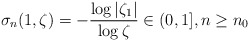
\begin{align*} \sigma_{n}(1,\zeta)=-\frac{\log \vert\zeta_{1}\vert}{\log \zeta}\in{(0,1]}, n\geq n_{0}\end{align*}